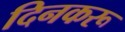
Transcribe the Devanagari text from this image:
दिनकरू